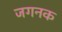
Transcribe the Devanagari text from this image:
जगनक